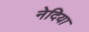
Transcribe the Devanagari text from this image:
नेदिया